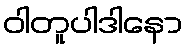
ဝါတူပါဒါနော